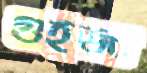
গুইজা